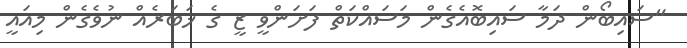
"ސައިބޯން ދަމާ ސައިބޮއެގެން މަސައްކަތް ފަށަންވީ ޒީ ގެ ޚަބަރެއް ނުވެގެން މިއައީ